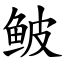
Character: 鲏